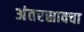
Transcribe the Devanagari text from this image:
अंतरस्रावचा